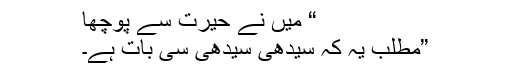
“ میں نے حیرت سے پوچھا
”مطلب یہ کہ سیدھی سیدھی سی بات ہے۔